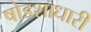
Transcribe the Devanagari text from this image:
षोडशाधारी